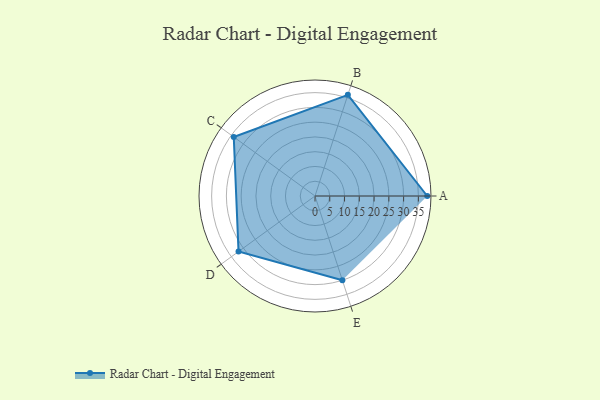
{"axis": {"x": "Skill", "y": "Score"}, "legend": ["Profile"], "data": [{"x": "A", "y": 38.0, "type": "Profile"}, {"x": "B", "y": 36.0, "type": "Profile"}, {"x": "C", "y": 34.0, "type": "Profile"}, {"x": "D", "y": 32.0, "type": "Profile"}, {"x": "E", "y": 30.0, "type": "Profile"}]}